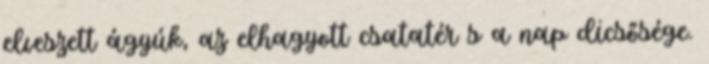
elveszett ágyúk, az elhagyott csatatér s a nap dicsősége.